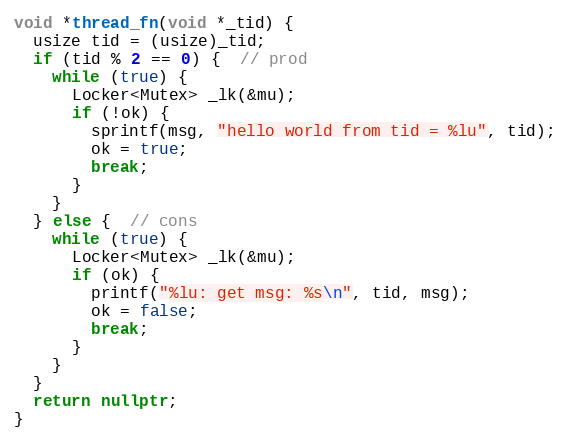
Language: C++
void *thread_fn(void *_tid) {
  usize tid = (usize)_tid;
  if (tid % 2 == 0) {  // prod
    while (true) {
      Locker<Mutex> _lk(&mu);
      if (!ok) {
        sprintf(msg, "hello world from tid = %lu", tid);
        ok = true;
        break;
      }
    }
  } else {  // cons
    while (true) {
      Locker<Mutex> _lk(&mu);
      if (ok) {
        printf("%lu: get msg: %s\n", tid, msg);
        ok = false;
        break;
      }
    }
  }
  return nullptr;
}